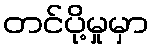
တင်ပို့မှုမှာ